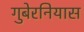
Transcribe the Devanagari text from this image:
गुबेरनियास